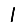
Digit: 1